Civil Veterinary Dept. North-West Frontier Province 1923-32 - 1923-1932
Year: 1923
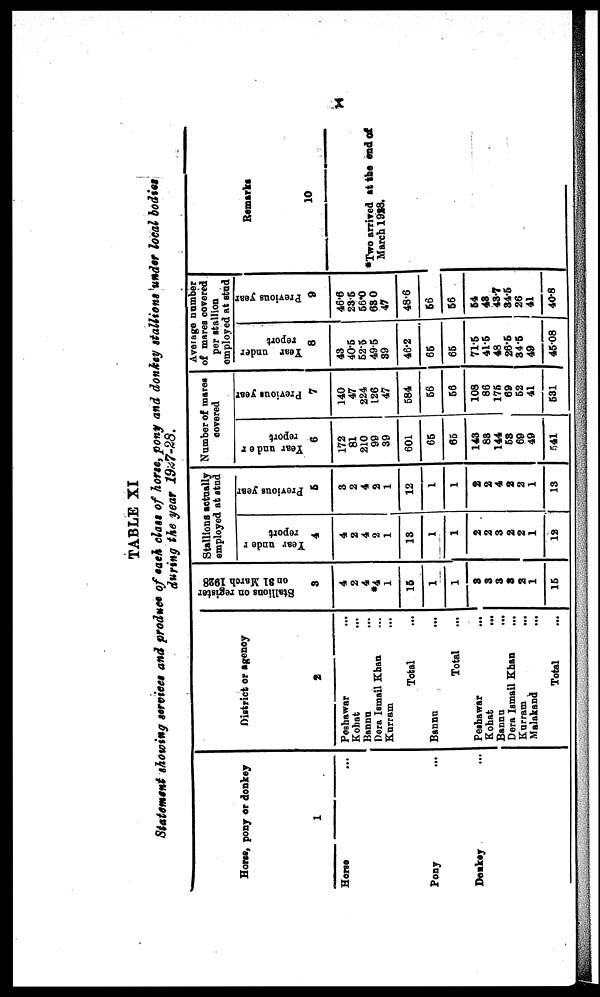
x
TABLE XI
Statement showing services and produce of each class of horse, pony and donkey stallions under local bodies
during the year 1927-28.
Horse, pony or donkey
1
Horse
...
Pony
...
Donkey ...
District or agency
2
Peshawar
...
Kohat
...
Bannu ...
Dera Ismail Khan ...
Kurram ...
Total ...
Bannu ...
Total ...
Peshawar
...
Kohat
...
Bannu ...
Dera Ismail Khan ...
Kurram ...
Malakand ...
Total ...
Stallions on register
on 31 March 1928
3
4
2
4
*4
1
15
1
1
3
3
3
3
2
1
15
Stallions actually
employed at stud
Year under
report
4
4
2
4
2
1
13
1
1
2
2
3
2
2
1
12
Previous year
5
3
2
4
2
1
12
1
1
2
2
4
2
2
1
13
Number of mares
covered
Year under
report
6
172
81
210
99
39
601
65
65
143
83
144
53
69
49
541
Previous year
7
140
47
224
126
47
584
56
56
108
86
175
69
52
41
531
Average number
of mares covered
per stallion
employed at stud
Year under
report
8
43
40.5
52.5
49.5
39
46.2
65
65
71.5
41.5
48
26.5
34.5
49
45.08
Previous year
9
46.6
23.5
56.0
63.0
47
48.6
56
56
54
43
43.7
34.5
26
41
40.8
Remarks
10
*Two arrived at the end of
March 1928.